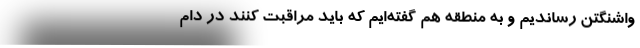
واشنگتن رساندیم و به منطقه هم گفته‌ایم که باید مراقبت کنند در دام